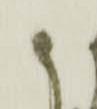
御